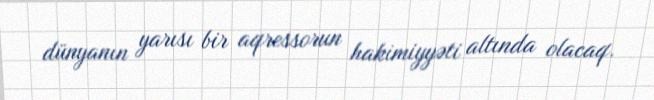
dünyanın yarısı bir aqressorun hakimiyyəti altında olacaq.